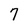
Character: 7